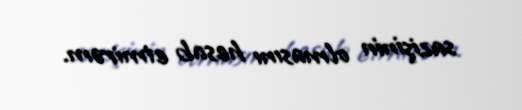
sazişinin olmasını hesab etmirəm.